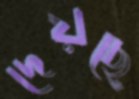
দেয়ছে